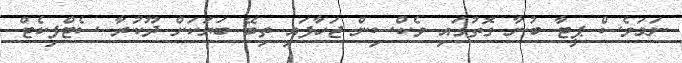
ނަމަވެސް ޕީޓާ ބުނާ ގޮތުގައި ވެކްސިން ޖަހާފައި ތިބޭ ބަޔަކަށް ދޫކުރާ ސެޓްފިކެޓް